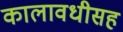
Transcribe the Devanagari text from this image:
कालावधीसह